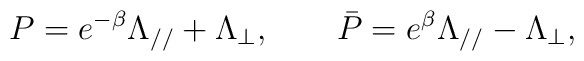
P=e^{-\beta }\Lambda _{//} + \Lambda _{\bot }, \qquad \bar{P}=e^\beta \Lambda _{//} - \Lambda _{\bot },